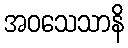
အဝသေသာနိ